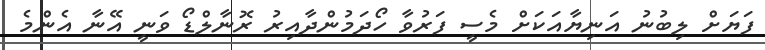
ފަޔަށް ލިބުނު އަނިޔާއަކަށް މެސީ ފަރުވާ ހޯދަމުންދާއިރު ރޮނާލްޑޯ ވަނީ އޭނާ އެންމެ